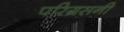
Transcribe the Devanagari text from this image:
परिग्रसनी